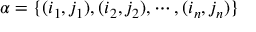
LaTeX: \alpha = \{ ( i _ { 1 } , j _ { 1 } ) , ( i _ { 2 } , j _ { 2 } ) , \cdots , ( i _ { n } , j _ { n } ) \}